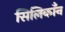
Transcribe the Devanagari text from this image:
सिलिकाँन